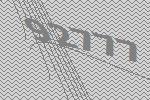
92777